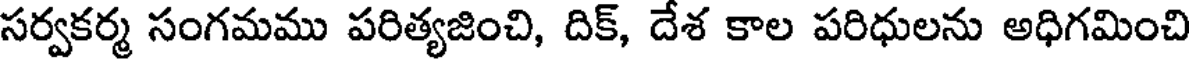
సర్వకర్మ సంగమము పరిత్యజించి, దిక్, దేశ కాల పరిధులను అధిగమించి